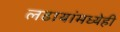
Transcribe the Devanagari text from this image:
लढायांमध्येही